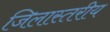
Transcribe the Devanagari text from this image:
जिलास्तरीय